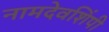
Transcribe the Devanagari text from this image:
नामदेवशिंपी